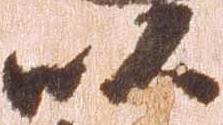
以